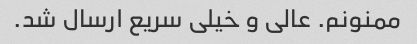
ممنونم. عالی و خیلی سریع ارسال شد.